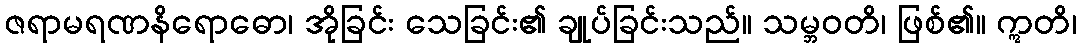
ဇရာမရဏနိရောဓော၊ အိုခြင်း သေခြင်း၏ ချုပ်ခြင်းသည်။ သမ္ဘဝတိ၊ ဖြစ်၏။ ဣတိ၊